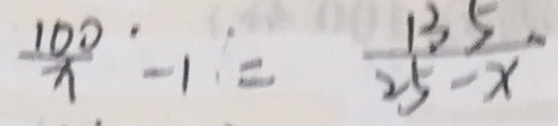
\frac { 1 0 0 } { x } - 1 = \frac { 1 3 5 } { 2 5 - x }